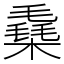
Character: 㯔